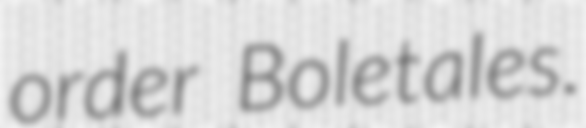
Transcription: order Boletales.